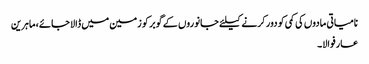
نامیاتی مادوں کی کمی کو دور کرنے کیلئے جانوروں کے گوبر کو زمین میں ڈالا جائے، ماہرین
عارفوالا۔